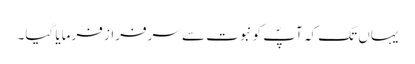
یہاں تک کہ آپؐ کو نبوت سے سرفراز فرمایا گیا۔